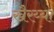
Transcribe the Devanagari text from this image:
खैरय्या